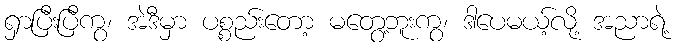
ရှာပြီးပြီကွ၊ အဲဒီမှာ ပစ္စည်းတော့ မတွေ့ဘူးကွ၊ ဒါပေမယ့်လို့ အညာရဲ့